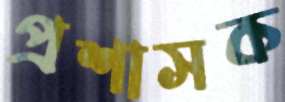
প্রশাসক